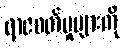
ရာဇဝတ်မှုများကို